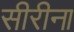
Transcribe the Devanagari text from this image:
सीरीना